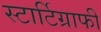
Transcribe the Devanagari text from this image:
स्टार्टिग्राफी